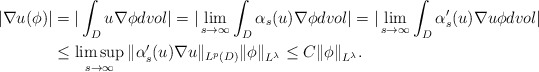
\begin{align*}\aligned|\nabla u (\phi) | & = |\int_D u \nabla \phi dvol|= |\lim_{s\to\infty} \int_D \alpha_s(u) \nabla\phi dvol| = |\lim_{s\to\infty} \int_D \alpha_s'(u) \nabla u\phi dvol| \\& \leq \limsup_{s\to \infty}\|\alpha'_s(u) \nabla u\|_{L^{p}(D)} \|\phi\|_{L^\lambda} \leq C \|\phi\|_{L^\lambda}.\endaligned\end{align*}